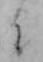
に